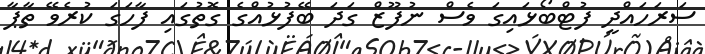
ސަރަހައްދީ ފުޓްބޯޅައިގަ ވެސް ނުފޫޒް ގަދަ ބޭފުޅުއްގެ ގޮތުގައި ފާހަގަ ކުރެވޭ ތާޕާ